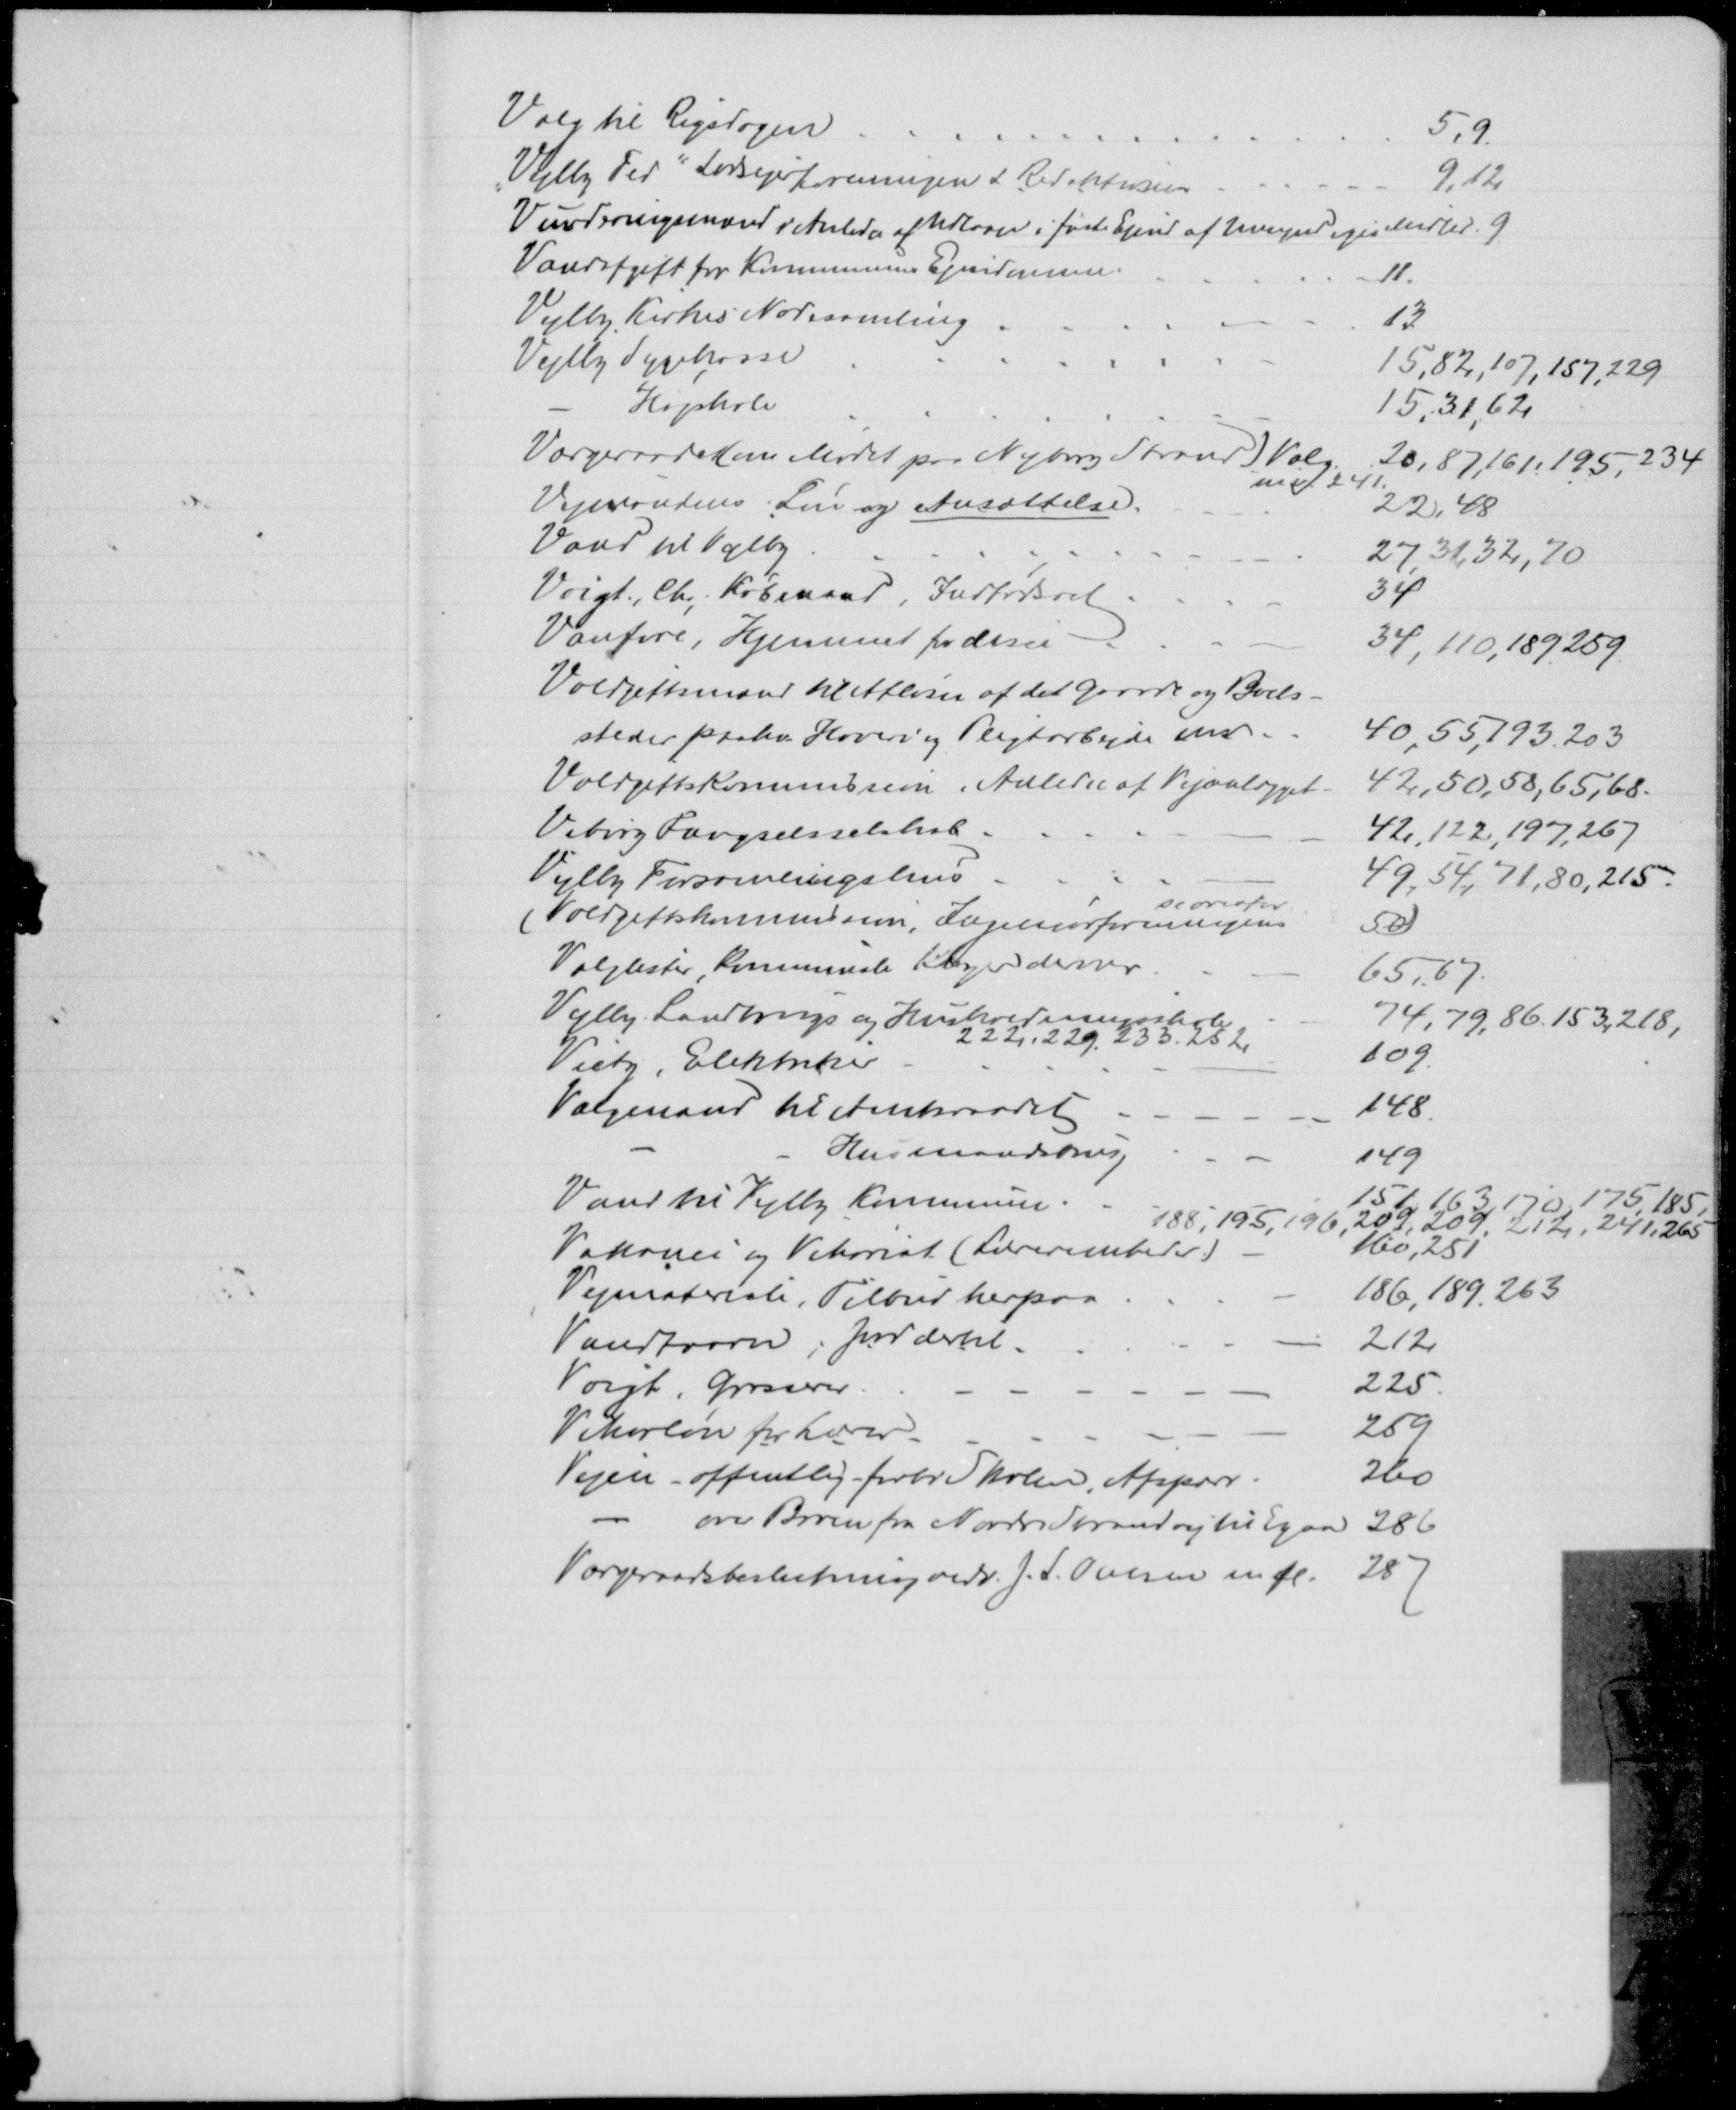
Transskription:
Valg til Rigsdagen
5, 9
"Vejlby Fed" Lodsejerforeningen & Redaktionen
9,12
Vurderingsmænd i Anledn af Udlaan i faste Ejend af Umyndiges Midler 9
Vandafgift for Kommunens Ejendomme
11
Vejlby Kirkes Nodesamling
13
Vejlby Sygekasse
15, 82, 107, 157, 229
Højskole
15, 31, 62
Værgeraadet (om Mødet paa Nyborg Strand) Valg
mv.
20, 87, 161, 195, 234
241
Vejmandens Løn og Ansættelse.
22, 48
Vand til Vejlby
27, 31, 32, 70
Voigt, Chr. Købmand, Indfødsret
34
Vanføre, Hjemmet for disse
34, 110, 189, 259.
Voldgiftsmænd til Afløsn af det gaarde og Boels-
steder paahv. Hoveri og Pligtarbejde mv.
40, 55, 193, 203
Voldgiftskommission i Anledn af Vejanlægget
42, 50, 58, 65, 68.
Viborg Fængselsselskab
42, 122, 197, 267
Vejlby Forsamlingshus
49, 54, 71, 80, 215
se ovenfor
Voldgiftskommission, Ingeniørforeningens
50
Valglister, kommunale Klager derover
65, 67
Vejlby Landbrugs og Husholdningsskole
74, 79, 86, 153, 218,
222, 229, 233, 252
Vietz, Elektriker
109
Valgmand til Amtsraadet
148
Husmandsbrug
149
Vand til Vejlby Kommune
151, 163, 170, 175, 185,
188, 195, 196, 209, 209, 212, 241,265
Vakance og Vikariat (Lærerembeder)
160, 251
Vejmateriale, Tilbud herpaa
186, 189, 263
Vandtaarn, Jord dertil
212
Voigt, Grosserer
225
Vikarløn for Lærer
259
Vejen - offentlig forbi Skolen, Afspærr
260
over Broen fra Nordre Strandvej til Egaa
286
Værgeraadsbeslutning vedr. J. S. Ovesen m fl.
287